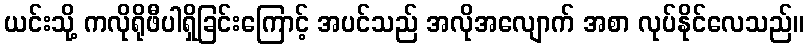
ယင်းသို့ ကလိုရိုဖီပါရှိခြင်းကြောင့် အပင်သည် အလိုအလျောက် အစာ လုပ်နိုင်လေသည်။